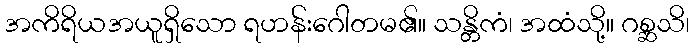
အကိရိယအယူရှိသော ရဟန်းဂေါတမ၏။ သန္တိကံ၊ အထံသို့။ ဂစ္ဆသိ၊